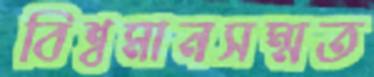
বিশ্বমানসম্মত